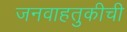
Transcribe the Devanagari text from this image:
जनवाहतुकीची